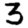
Digit: 3